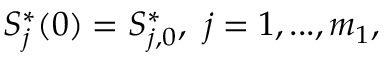
S _ { j } ^ { * } ( 0 ) = S _ { j , 0 } ^ { * } , \ j = 1 , . . . , m _ { 1 } ,